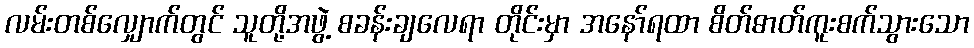
လမ်းတစ်လျှောက်တွင် သူတို့အဖွဲ့ စခန်းချလေရာ တိုင်းမှာ အနော်ရထာ စိတ်ဓာတ်ကူးစက်သွားသော